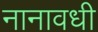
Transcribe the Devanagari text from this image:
नानावधी